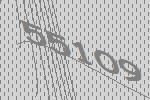
55109